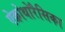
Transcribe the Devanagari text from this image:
ऐक्रोथोरैसिका